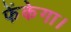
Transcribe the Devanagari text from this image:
फेंकेगा।